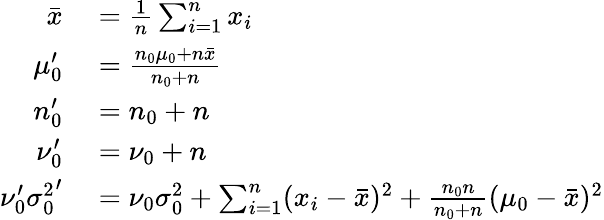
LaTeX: \begin{array}{rl}{{\bar{x}}}&{{}={\frac{1}{n}}\sum_{i=1}^{n}x_{i}}\\ {\mu_{0}^{\prime}}&{{}={\frac{n_{0}\mu_{0}+n{\bar{x}}}{n_{0}+n}}}\\ {n_{0}^{\prime}}&{{}=n_{0}+n}\\ {\nu_{0}^{\prime}}&{{}=\nu_{0}+n}\\ {\nu_{0}^{\prime}{\sigma_{0}^{2}}^{\prime}}&{{}=\nu_{0}\sigma_{0}^{2}+\sum_{i=1}^{n}(x_{i}-{\bar{x}})^{2}+{\frac{n_{0}n}{n_{0}+n}}(\mu_{0}-{\bar{x}})^{2}}\end{array}